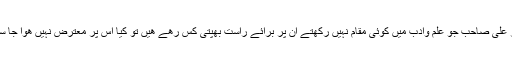
مگر علی صاحب جو علم وادب میں کوئی مقام نہیں رکھتے ان پر برائے راست بھپتی کس رھے ھیں تو کیا اس پر معترض نہیں ھوا جا سکتا۔